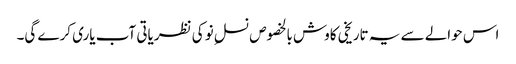
اس حوالے سے یہ تاریخی کاوش بالخصوص نسلِ نو کی نظریاتی آب یاری کرے گی۔